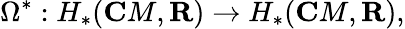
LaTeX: \Omega^{\ast}:H_{\ast}({\mathbf C}M,{\mathbf R})\rightarrow H_{\ast}({\mathbf C}M,{\mathbf R}),